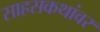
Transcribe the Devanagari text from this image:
साहसकथांवर